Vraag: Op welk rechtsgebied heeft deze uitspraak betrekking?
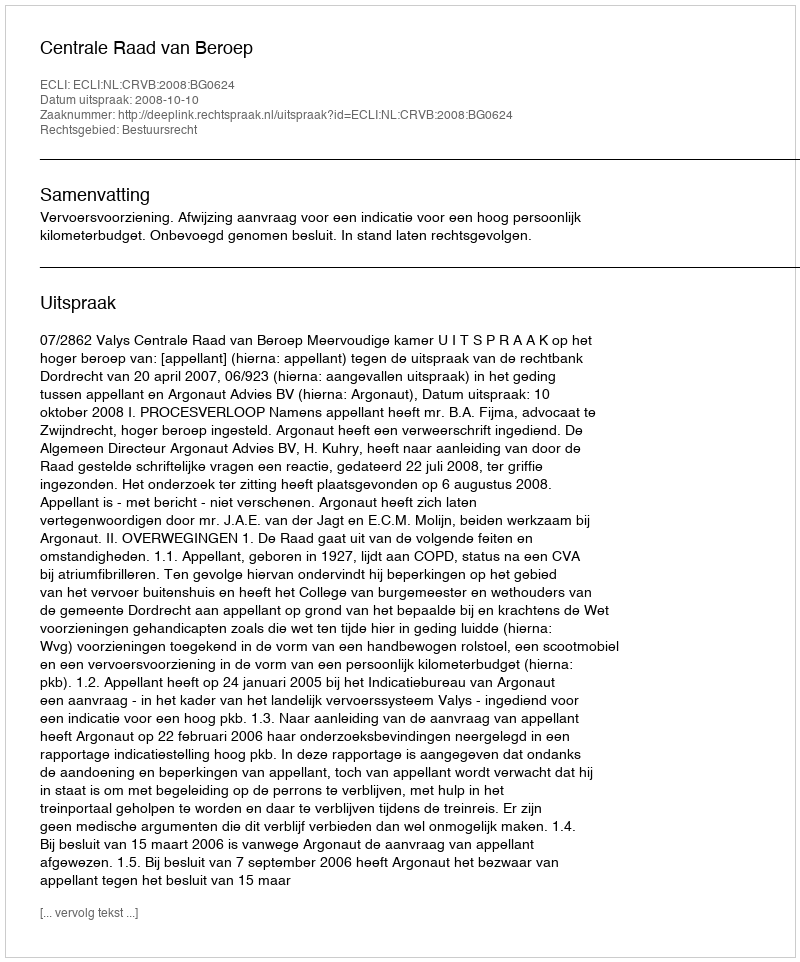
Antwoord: Bestuursrecht